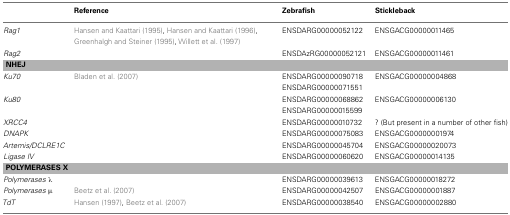
<table><thead><tr><td></td><td><b>Reference</b></td><td><b>Zebrafish</b></td><td><b>Stickleback</b></td></tr></thead><tbody><tr><td><i>Rag1</i></td><td>Hansen and Kaattari (1995), Hansen and Kaattari (1996), Greenhalgh and Steiner (1995), Willett et al. (1997)</td><td>ENSDARG00000052122</td><td>ENSGACG00000011465</td></tr><tr><td><i>Rag2</i></td><td></td><td>ENSDAzRG00000052121</td><td>ENSGACG00000011461</td></tr><tr><td colspan="4"><b>NHEJ</b></td></tr><tr><td><i>Ku70</i></td><td>Bladen et al. (2007)</td><td>ENSDARG00000090718</td><td>ENSGACG00000004868</td></tr><tr><td></td><td></td><td>ENSDARG00000071551</td><td></td></tr><tr><td><i>Ku80</i></td><td></td><td>ENSDARG00000068862</td><td>ENSGACG00000006130</td></tr><tr><td></td><td></td><td>ENSDARG00000015599</td><td></td></tr><tr><td><i>XRCC4</i></td><td></td><td>ENSDARG00000010732</td><td>? (But present in a number of other fish)</td></tr><tr><td><i>DNAPK</i></td><td></td><td>ENSDARG00000075083</td><td>ENSGACG00000001974</td></tr><tr><td><i>Artemis/DCLRE1C</i></td><td></td><td>ENSDARG00000045704</td><td>ENSGACG00000020073</td></tr><tr><td><i>Ligase IV</i></td><td></td><td>ENSDARG00000060620</td><td>ENSGACG00000014135</td></tr><tr><td colspan="4"><b>POLYMERASES X</b></td></tr><tr><td><i>Polymerases</i> λ</td><td></td><td>ENSDARG00000039613</td><td>ENSGACG00000018272</td></tr><tr><td><i>Polymerases</i> μ</td><td>Beetz et al. (2007)</td><td>ENSDARG00000042507</td><td>ENSGACG00000001887</td></tr><tr><td><i>TdT</i></td><td>Hansen (1997), Beetz et al. (2007)</td><td>ENSDARG00000038540</td><td>ENSGACG00000002880</td></tr></tbody></table>